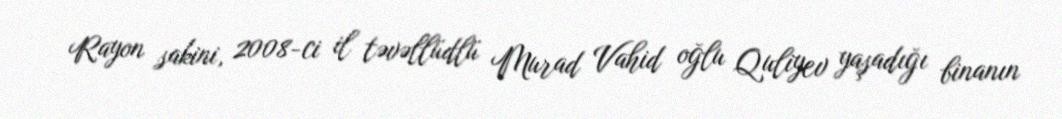
Rayon sakini, 2008-ci il təvəllüdlü Murad Vahid oğlu Quliyev yaşadığı binanın